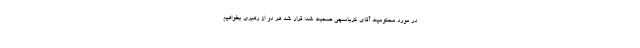
در مورد محكومیت آقاى كرباسچى صحبت شد؛ قرار شد هر دو از رهبرى بخواهیم